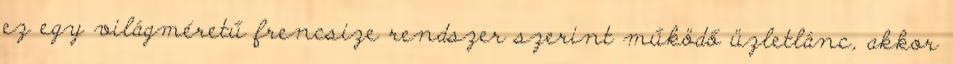
ez egy világméretű frencsize rendszer szerint működő üzletlánc, akkor